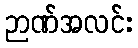
ဉာဏ်အလင်း